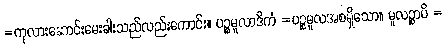
=ကုလားဆောင်းမေးခါးသည်လည်းကောင်း။ ပဉ္စမူလာဒိကံ =ပဉ္စမူလအစရှိသော။ မူလဉ္စာပိ =